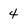
Character: 4